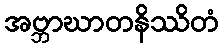
အဗ္ဘာဃာတနိဿိတံ